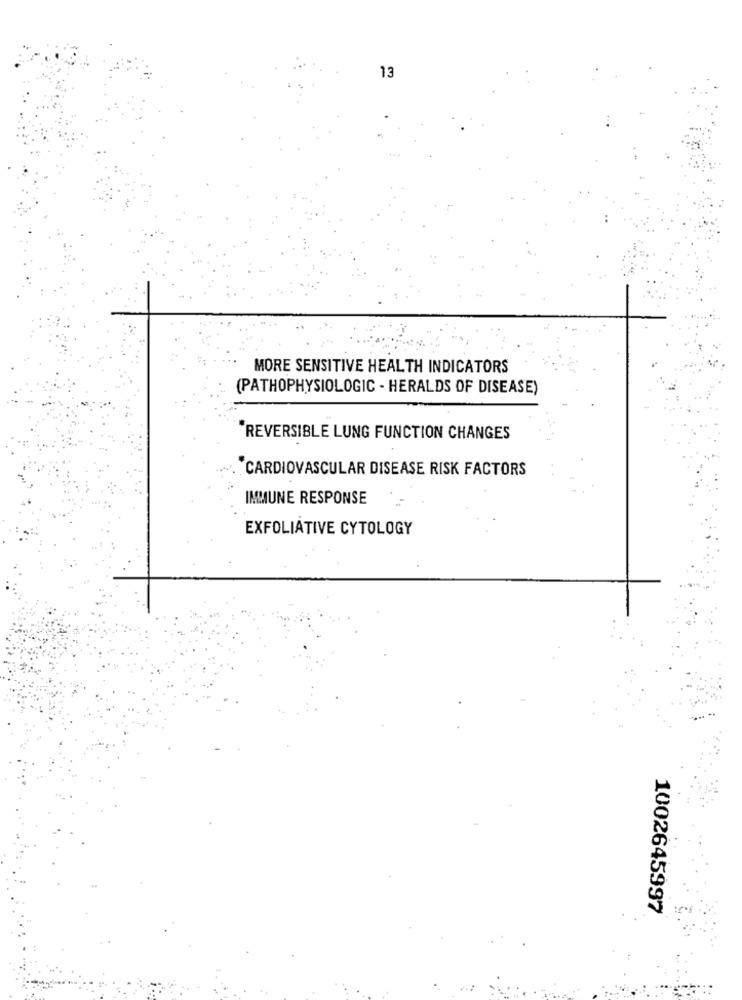
13
MORE SENSITIVE HEALTH INDICATORS
(PATHOPHYSIOLOGIC - HERALDS OF DISEASE)
REVERSIBLE LUNG FUNCTION CHANGES
CARDIOVASCULAR DISEASE RISK FACTORS
IMMUNE RESPONSE
EXFOLIATIVE CYTOLOGY
1002645997